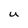
Character: U